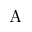
\mathrm { A }